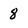
Character: 8